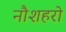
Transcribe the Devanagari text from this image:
नौशहरो